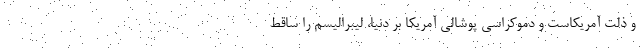
و ذلت آمریکاست و دموکراسی پوشالی آمریکا بر دنیا، لیبرالیسم را ساقط